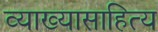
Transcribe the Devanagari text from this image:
व्याख्यासाहित्य